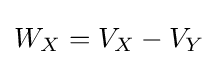
W_{X}=V_{X}-V_{Y}